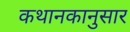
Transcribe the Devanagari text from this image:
कथानकानुसार